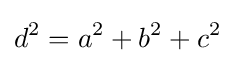
d^{2}=a^{2}+b^{2}+c^{2}